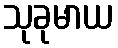
သုခုမာယ